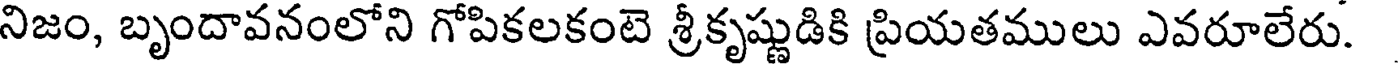
నిజం, బృందావనంలోని గోపికలకంటె శ్రీకృష్ణుడికి ప్రియతములు ఎవరూలేరు.